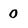
Character: 0